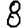
Digit: 8